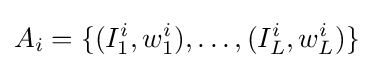
A_{i}=\{(I_{1}^{i},w_{1}^{i}),\dots ,(I_{L}^{i},w_{L}^{i})\}